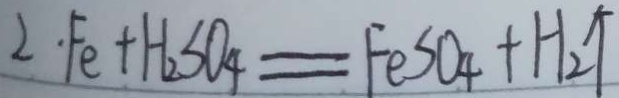
2 . F e + H _ { 2 } S O _ { 4 } = F e S O _ { 4 } + H _ { 2 } \uparrow